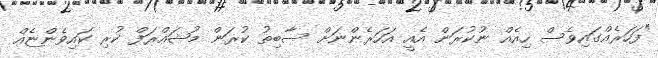
"ފަހަރެއްގައިވެސް ހިއެއް ނުކުރަން އެއީ އަހަރެންނަށް ސާބިތު ކުރަން މުޝައްރަފް ކުރި ކައިވެންޏެއް